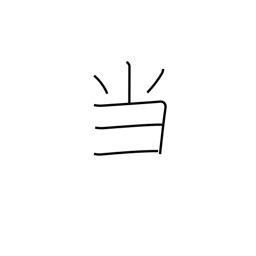
Meaning: hit